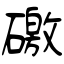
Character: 礉